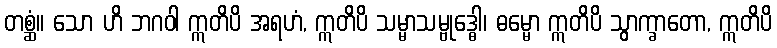
တစ္ဆံ။ သော ဟိ ဘဂဝါ ဣတိပိ အရဟံ, ဣတိပိ သမ္မာသမ္ဗုဒ္ဓေါ၊ ဓမ္မော ဣတိပိ သွာက္ခာတော, ဣတိပိ